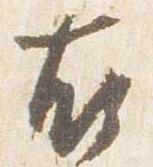
右